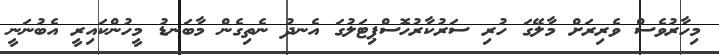
މިހާރުވެސް ވެރިރަށް މާލޭގަ ހުރި ސަރުކާރުހޮސްޕިޓަލުގަ އެނދު ނެތިގެން މާބަނޑު މީހުންކައިރީ އެބުނަނީ